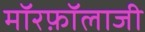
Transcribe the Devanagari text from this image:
मॉरफ़ॉलाजी